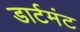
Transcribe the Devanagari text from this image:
डार्टमंट